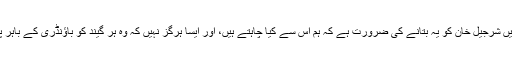
لیکن ہمیں شرجیل خان کو یہ بتانے کی ضرورت ہے کہ ہم اس سے کیا چاہتے ہیں، اور ایسا ہرگز نہیں کہ وہ ہر گیند کو باﺅنڈری کے باہر پھینکیں۔